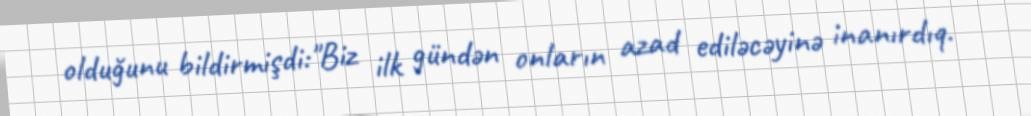
olduğunu bildirmişdi:"Biz ilk gündən onların azad ediləcəyinə inanırdıq.